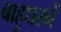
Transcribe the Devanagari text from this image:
बाहुधरनें